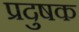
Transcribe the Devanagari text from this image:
प्रदुषक